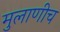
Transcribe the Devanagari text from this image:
मुलाणीच